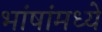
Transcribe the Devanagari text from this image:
भांषांमध्ये